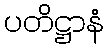
ပတိဋ္ဌာနံ